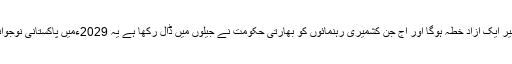
ان شاء اللہ 2029ءکا کشمیر ایک آزاد خطہ ہوگا اور آج جن کشمیری رہنمائوں کو بھارتی حکومت نے جیلوں میں ڈال رکھا ہے یہ 2029ءمیں پاکستانی نوجوانوں کے ہیرو کہلائیں گے۔